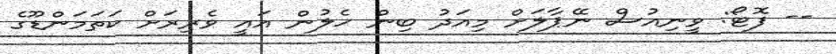
-- ފޮޓޯ: ވީނިއުސް ނޭޕާލަށް މިއަދު ބިން ހެލުން އައީ ވެރިރަށް ކަތަމަންޑޫގެ